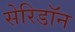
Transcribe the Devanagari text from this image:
सेरिडॉन